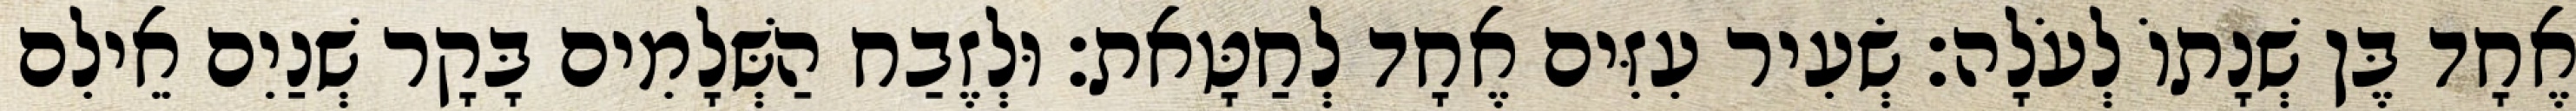
אֶחָד בֶּן שְׁנָתוֹ לְעֹלָה׃ שְׂעִיר עִזִּים אֶחָד לְחַטָּאת׃ וּלְזֶבַח הַשְּׁלָמִים בָּקָר שְׁנַיִם אֵילִם